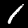
Digit: 1